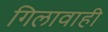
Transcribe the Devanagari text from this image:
गिलावाही